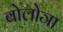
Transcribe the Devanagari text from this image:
बोलोञा